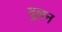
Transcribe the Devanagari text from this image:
दुल्लन